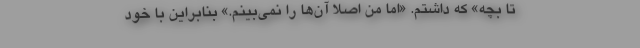
تا بچه» که داشتم. «اما من اصلا آن‌ها را نمی‌بینم.» بنابراین با خود